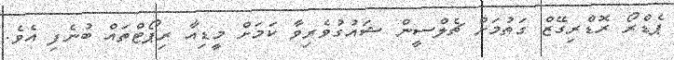
ޕެޑްރޯ ރޮޑްރިގޭޒް ގަތުމަށް ޗެލްސީން ޝައުގުވެރިވާ ކަމަށް މީޑިއާ ރިޕޯޓްތައް ބުނެފި އެވެ.